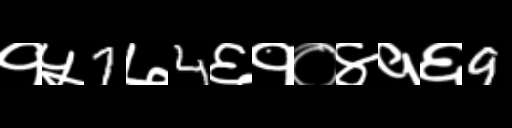
Text: १५7७4६१०४१६9